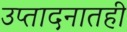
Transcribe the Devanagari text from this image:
उप्तादनातही